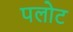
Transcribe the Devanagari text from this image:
पलोट